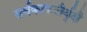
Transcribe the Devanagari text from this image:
सर्वकाफलैर्वृक्षै